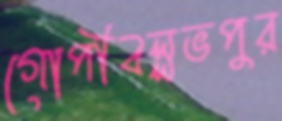
গোপীবল্লভপুর